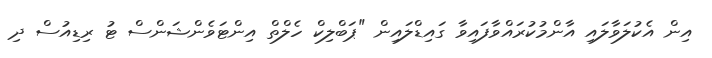
އިން އެކުލަވާލައި އާންމުކުރައްވާފައިވާ ގައިޑްލައިން "ޕަބްލިކް ހެލްތް އިންޓަވެންޝަންސް ޓު ރިޑިއުސް ދި